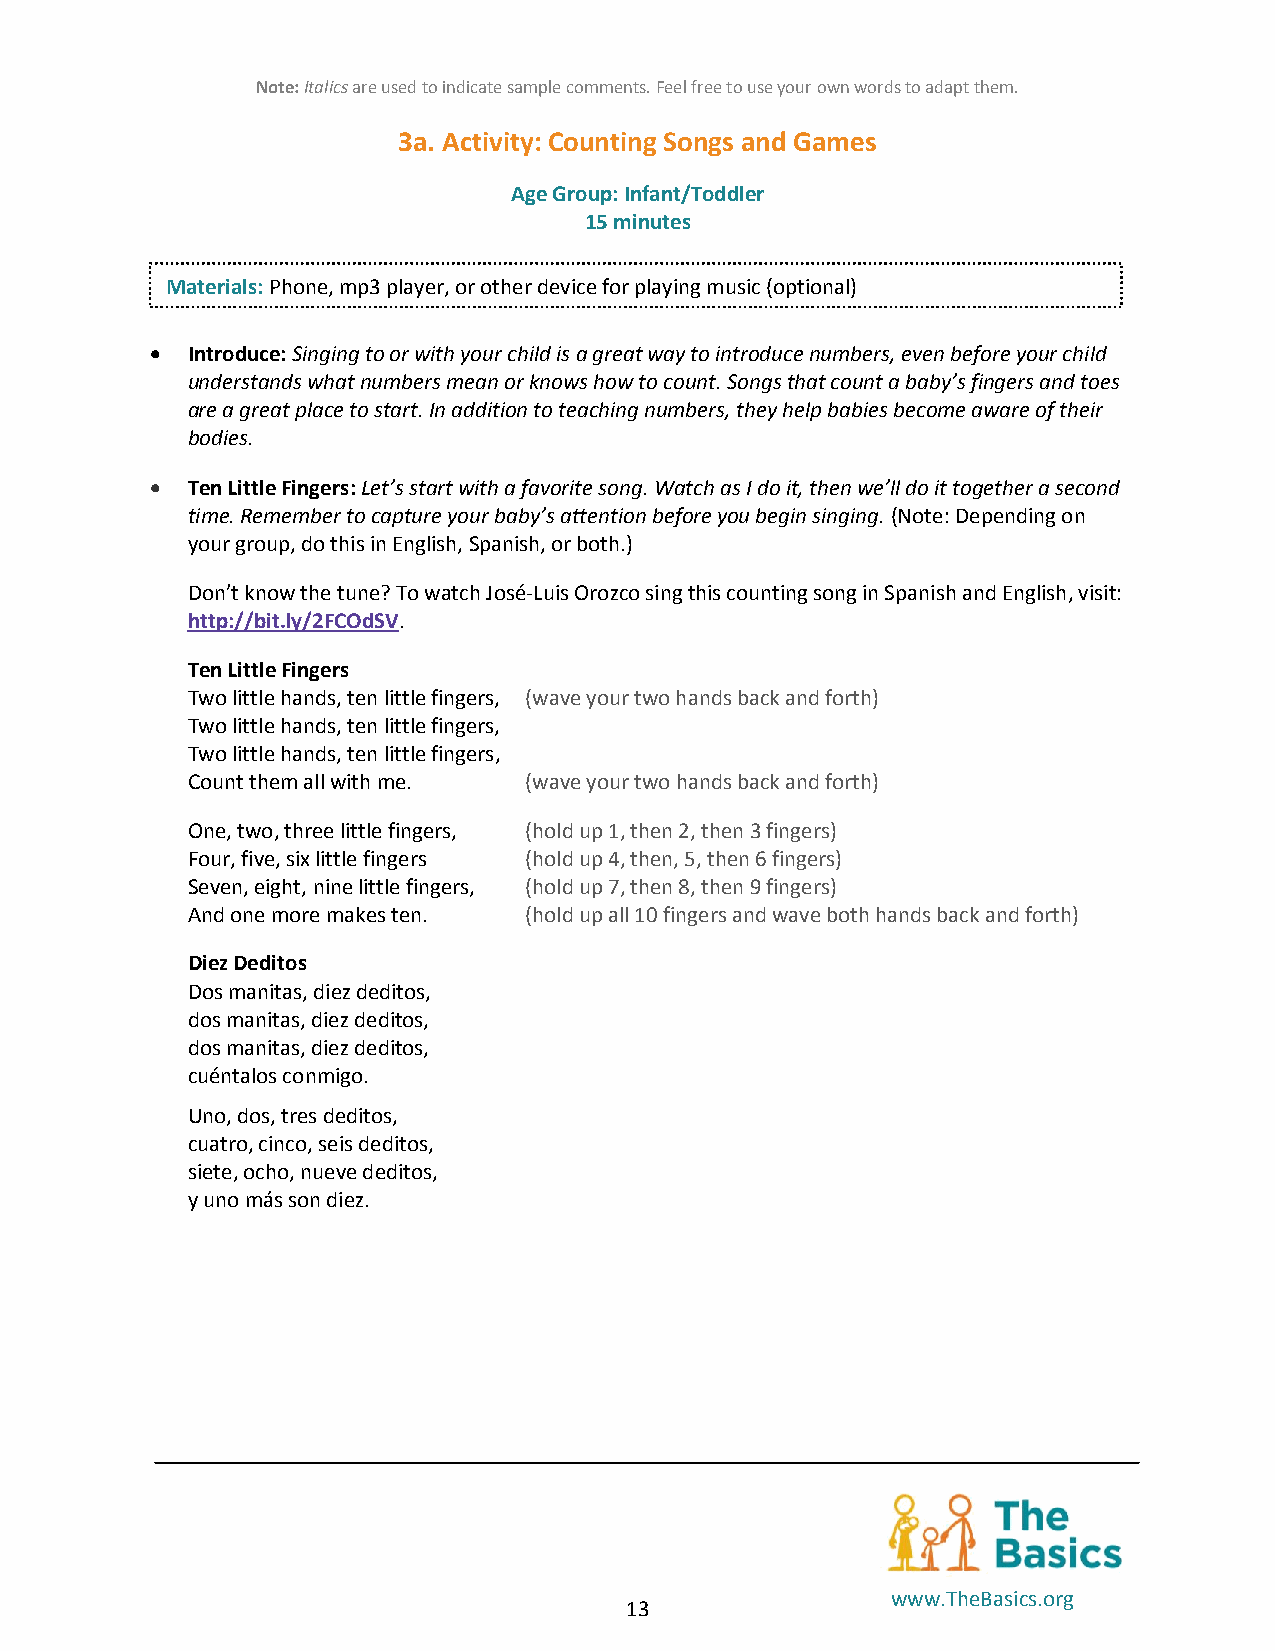
Note: Italics are used to indicate sample comments. Feel free to use your own words to adapt them.
 3a. Activity: Counting Songs and Games
 Age Group: Infant/Toddler
 15 minutes
 Materials: Phone, mp3 player, or other device for playing music (optional)
  Introduce: Singing to or with your child is a great way to introduce numbers, even before your child
 understands what numbers mean or knows how to count. Songs that count a baby’s fingers and toes
 are a great place to start. In addition to teaching numbers, they help babies become aware of their
 bodies.
  Ten Little Fingers: Let’s start with a favorite song. Watch as I do it, then we’ll do it together a second
 time. Remember to capture your baby’s attention before you begin singing. (Note: Depending on
 your group, do this in English, Spanish, or both.)
 Don’t know the tune? To watch José-Luis Orozco sing this counting song in Spanish and English, visit:
 http://bit.ly/2FCOdSV.
 Ten Little Fingers
 Two little hands, ten little fingers, (wave your two hands back and forth)
 Two little hands, ten little fingers,
 Two little hands, ten little fingers,
 Count them all with me. (wave your two hands back and forth)
 One, two, three little fingers, (hold up 1, then 2, then 3 fingers)
 Four, five, six little fingers (hold up 4, then, 5, then 6 fingers)
 Seven, eight, nine little fingers, (hold up 7, then 8, then 9 fingers)
 And one more makes ten. (hold up all 10 fingers and wave both hands back and forth)
 Diez Deditos
 Dos manitas, diez deditos,
 dos manitas, diez deditos,
 dos manitas, diez deditos,
 cuéntalos conmigo.
 Uno, dos, tres deditos,
 cuatro, cinco, seis deditos,
 siete, ocho, nueve deditos,
 y uno más son diez.
 www.TheBasics.org
 13